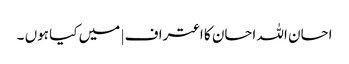
احسان اللہ احسان کا اعتراف | میں کیا ہوں ۔